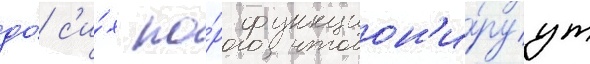
до́ с'и́х по́р функцион'и́руут